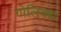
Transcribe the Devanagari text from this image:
गोलिक्थ